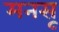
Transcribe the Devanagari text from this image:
मनसू